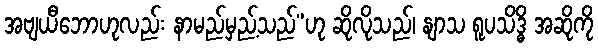
အဗျယီဘောဟုလည်း နာမည်မှည့်သည်”ဟု ဆိုလိုသည်၊ နျာသ ရူပသိဒ္ဓိ အဆိုကို